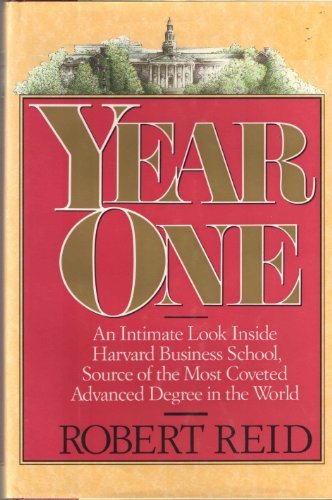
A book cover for Year One: An Intimate Look Inside Harvard Business School, Source of the Most Coveted Advanced Degree in the World; Robert Reid; Education & Teaching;